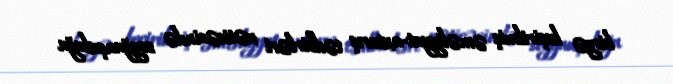
birgə keçirilmiş əməliyyat-axtarış tədbirləri nəticəsində soyğunçuluğu